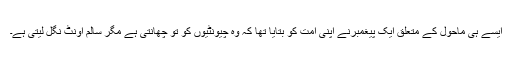
ایسے ہی ماحول کے متعلق ایک پیغمبرنے اپنی امت کو بتایا تھا کہ وہ چیونٹیوں کو تو چھانتی ہے مگر سالم اونٹ نگل لیتی ہے۔